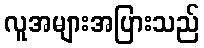
လူအများအပြားသည်